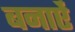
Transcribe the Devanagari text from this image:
बनाऐं